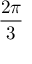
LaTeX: \frac { 2 \pi } { 3 }